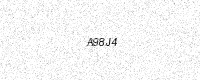
Text: A98J4